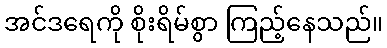
အင်ဒရေကို စိုးရိမ်စွာ ကြည့်နေသည်။